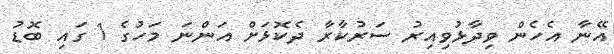
އޭނާ އެހެން ވިދާޅުވިއިރު ސަރުކާރާ ދެކޮޅަށް އަންނަ މަހުގެ 1 ގައި ބޮޑު